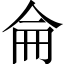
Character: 侖